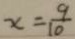
x = \frac { 9 } { 1 0 }